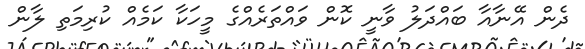
ދެން އޭނާއާ ބައްދަލު ވާނީ ކޮން ވައްތަރެއްގެ މީހަކާ ކަމެއް ކުރިމަތި ލާން